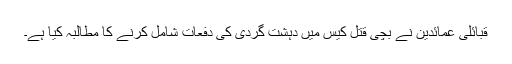
قبائلی عمائدین نے بچی قتل کیس میں دہشت گردی کی دفعات شامل کرنے کا مطالبہ کیا ہے۔